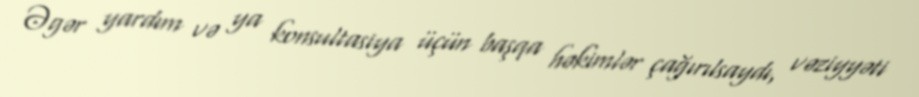
Əgər yardım və ya konsultasiya üçün başqa həkimlər çağırılsaydı, vəziyyəti